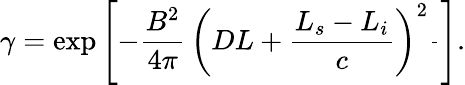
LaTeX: \gamma=\exp\left[-\frac{B^{2}}{4\pi}\, \left(DL+\frac{L_{s}-L_{i}}{c}\right)^{2}\frac{}{}\right].